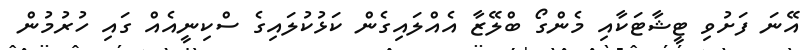
އޭނަ ފަށުވި ޓީޝާޓަކާއި މެންގޯ ބްލޭޒާ އެއްލައިގެން ކަޅުކުލައިގެ ސްކިނީއެއް ގައި ހުރުމުން